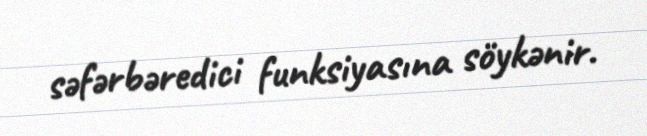
səfərbəredici funksiyasına söykənir.